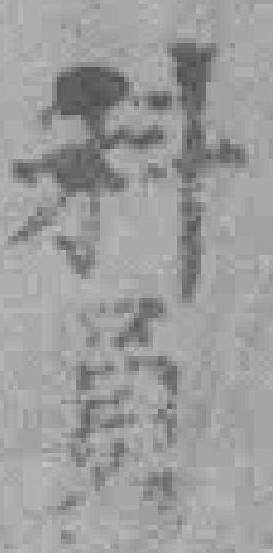
新蜀